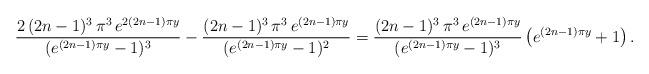
LaTeX: \begin{align*}\frac{2\,(2n-1)^3\,\pi^3\,e^{2(2n-1)\pi y}}{(e^{(2n-1)\pi y}-1)^3}-\frac{(2n-1)^3\,\pi^3\,e^{(2n-1)\pi y}}{(e^{(2n-1)\pi y}-1)^2}=\frac{(2n-1)^3\,\pi^3\,e^{(2n-1)\pi y}}{(e^{(2n-1)\pi y}-1)^3}\left(e^{(2n-1)\pi y}+1\right).\end{align*}